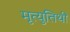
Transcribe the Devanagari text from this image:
मृत्युतिथी